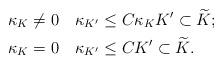
LaTeX: \begin{align*} &\kappa_K\neq 0 \quad \kappa_{K'} \leq C \kappa_K K'\subset\widetilde K;\\ &\kappa_K= 0 \quad \kappa_{K'} \leq C K'\subset \widetilde K.\end{align*}